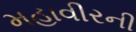
મહાવીરની